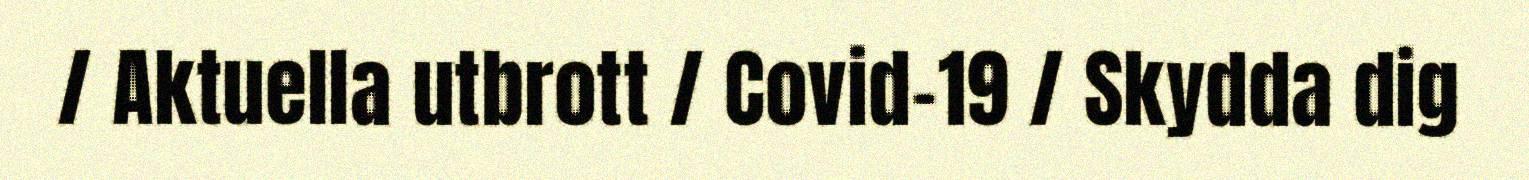
/ Aktuella utbrott / Covid-19 / Skydda dig